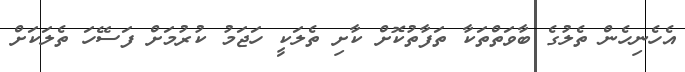
އެހެނިހެން ތެލުގެ ބާވަތްތަކާ ތަފާތުކޮށް ކާށި ތެލަކީ ހަޖަމު ކުރުމަށް ފަސޭހަ ތެލަކަށް